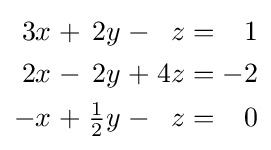
{\begin{alignedat}{7}3x&&\;+\;&&2y&&\;-\;&&z&&\;=\;&&1&\\2x&&\;-\;&&2y&&\;+\;&&4z&&\;=\;&&-2&\\-x&&\;+\;&&{\tfrac {1}{2}}y&&\;-\;&&z&&\;=\;&&0&\end{alignedat}}